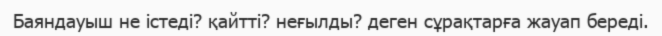
Баяндауыш не істеді? қайтті? неғылды? деген сұрақтарға жауап береді.